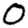
Digit: 0